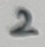
Text: 2